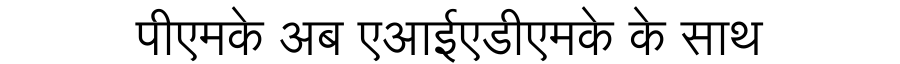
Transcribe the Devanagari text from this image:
पीएमके अब एआईएडीएमके के साथ